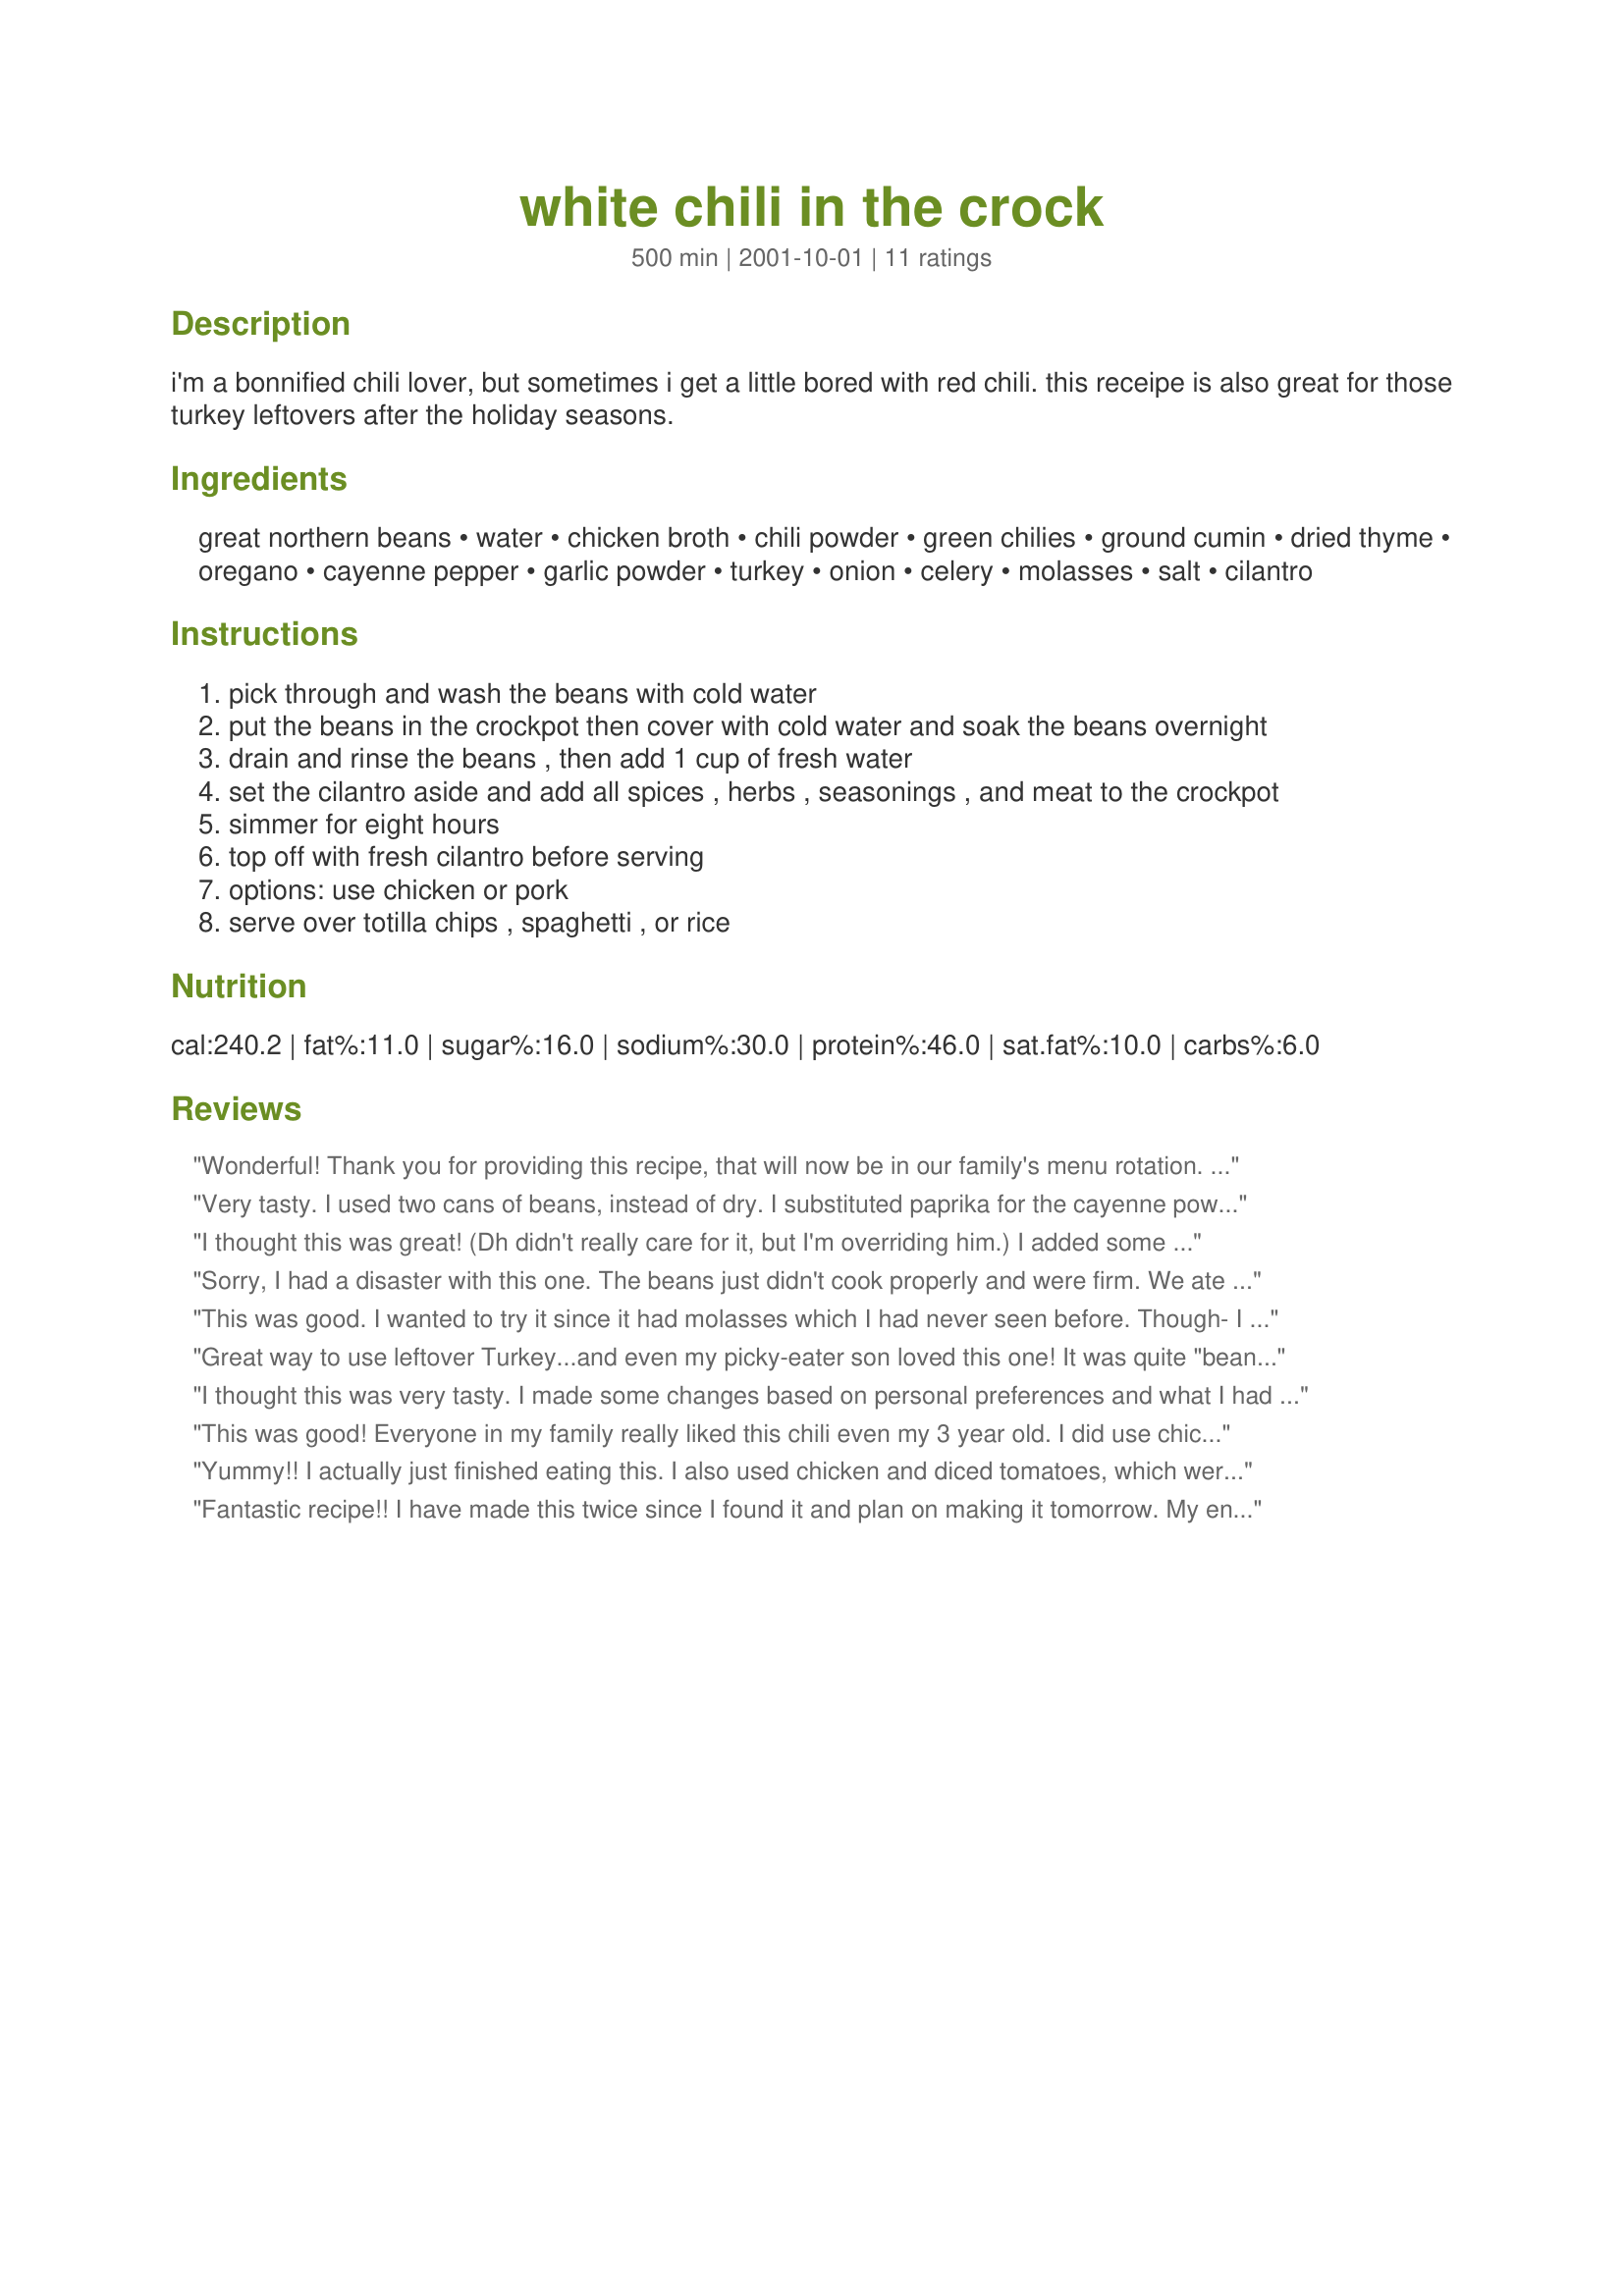
white chili in the crock
Preparation time: 500 minutes

i'm a bonnified chili lover, but sometimes i get a little bored with red chili. this receipe is also great for those turkey leftovers after the holiday seasons.

Ingredients:
great northern beans, water, chicken broth, chili powder, green chilies, ground cumin, dried thyme, oregano, cayenne pepper, garlic powder, turkey, onion, celery, molasses, salt, cilantro

Steps:
pick through and wash the beans with cold water
put the beans in the crockpot then cover with cold water and soak the beans overnight
drain and rinse the beans , then add 1 cup of fresh water
set the cilantro aside and add all spices , herbs , seasonings , and meat to the crockpot
simmer for eight hours
top off with fresh cilantro before serving
options: use chicken or pork
serve over totilla chips , spaghetti , or rice

Reviews:
Wonderful! Thank you for providing this recipe, that will now be in our family's menu rotation. 
Modifications that I made: 
Left out beans, 
Cooked on the stove, 
Base was made by cooking two turkey thighs (bone-in) with 2 cans chicken broth (Fat Free), freshly ground pepper, 4 cloves garlic (chopped), kosher salt, 2 celery stacks chopped (with leaves), once meat was fully cooked, removed and took meat off of bone, returned bones to stock, and continued simmering of stock while I cut up the turkey meat into small peices. Then stained broth, removing everything, and returned stock to pot, added another can of Chicken broth (Fat Free), and resumed original cooking instructions (@ #4). 
I also doubled the cumin, cayenne pepper, celery, and garlic. 
I also added fresh chopped ciantro to the pot, along with the spices. 
Finally, I ended up adding an additional 2 cups of water to make the recipe more "soupy" and served it in a bowl, with a little fat free sour cream and a little fat free shredded cheddar cheese! 

Try it, you will like it!
Very tasty. I used two cans of beans, instead of dry. I substituted paprika for the cayenne powder and chicken for the turkey. I omitted the cilantro. Last change was that I used a can of diced tomatoes with green chilies, instead of the can of green chilies. I added it an hour before we were ready to eat. It was very good, my only complaint was that it turned out more like soup rather than chili. That could have been due to all my changes though.
I thought this was great! (Dh didn't really care for it, but I'm overriding him.) I added some jalepeno and omitted the celery. I also used leftover turkey that I had frozen. Thanks so much for sharing. I'll be makilng this again.
Sorry, I had a disaster with this one. The beans just didn't cook properly and were firm. We ate it any way and then paid the price gastro-intenstinally. And I have a stomach of steel! I think I cooked it on low in the crock ... maybe it needed to be on high? I think it needs a can of tomatoes, too ... but don't add them till the end, or the beans won't cook (well, in my case, they didn't anyway!). Still wondering what I did wrong with this one ...
This was good. I wanted to try it since it had molasses which I had never seen before. Though- I didn't really notice any huge flavor difference. We garnished with diced avocado, shredded white sharp cheddar and corn chips.
Great way to use leftover Turkey...and even my picky-eater son loved this one! It was quite "beany," but very spicey and tastey. Thanks! I loved topping the dish with the fresh, chopped cilantro...a perfect touch!
I thought this was very tasty. I made some changes based on personal preferences and what I had on hand (I skipped the chili powder, celery, and cilantro; added 1/2 tsp. each ground coriander and Cajun seasoning, and halved the salt). I made it with chicken breast seasoned with lemon pepper seasoning. It made a great, flavorful stew and was really easy in the crock. Thanks!
This was good! Everyone in my family really liked this chili even my 3 year old. I did use chicken instead of turkey, I added a can of diced tomatoes, and when I served it I put shredded cheese on top and served it with chips. I also only added a 1/2 teaspoon of cayenne pepper because I was afraid it would be too spicy for my kids. It had a wonderful Mexican flavor and the next day we put it in flour tortillas and made burritos out of it. Thanks for the recipe.
Yummy!! I actually just finished eating this. I also used chicken and diced tomatoes, which were both great. I used the full amount of all of the spices and have to say that it definately is spicey...but that's how I like it!! It does turn out more soupy than chili i'm used to...but it was so good!! Thanks!
Fantastic recipe!! I have made this twice since I found it and plan on making it tomorrow. My entire family loves this, but I did use a bit less of the chili powder than was called for. My husband likes it mild, so I add more to my own bowl. I cooked the leftovers down a but so it was pretty thick - we scooped it up with chips, rolled it into tortillas, etc. Thanks for posting it - it's now in our official family favorites cookbook.
Excellent chili! I had to substitute black eyes peas as we were low on beans, but that was just a slight change and made the chili awful pretty. I shared my first batch and can't wait to make another tonight! Thanks for a great recipe...
